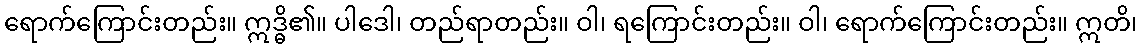
ရောက်ကြောင်းတည်း။ ဣဒ္ဓိ၏။ ပါဒေါ၊ တည်ရာတည်း။ ဝါ၊ ရကြောင်းတည်း။ ဝါ၊ ရောက်ကြောင်းတည်း။ ဣတိ၊